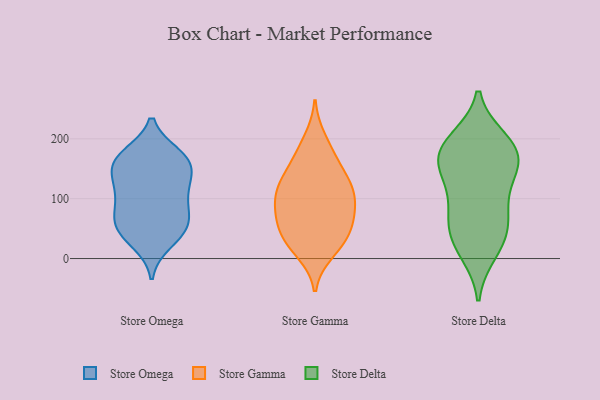
{"axis": {"x": "Customer Acquisition Cost (USD)", "y": "Value"}, "legend": ["Store Delta", "Store Gamma", "Store Omega"], "data": [{"x": "", "y": 66, "type": "Store Omega"}, {"x": "", "y": 27, "type": "Store Omega"}, {"x": "", "y": 123, "type": "Store Omega"}, {"x": "", "y": 172, "type": "Store Omega"}, {"x": "", "y": 126, "type": "Store Omega"}, {"x": "", "y": 48, "type": "Store Omega"}, {"x": "", "y": 155, "type": "Store Omega"}, {"x": "", "y": 64, "type": "Store Omega"}, {"x": "", "y": 54, "type": "Store Omega"}, {"x": "", "y": 160, "type": "Store Omega"}, {"x": "", "y": 107, "type": "Store Omega"}, {"x": "", "y": 82, "type": "Store Omega"}, {"x": "", "y": 173, "type": "Store Omega"}, {"x": "", "y": 168, "type": "Store Omega"}, {"x": "", "y": 102, "type": "Store Omega"}, {"x": "", "y": 148, "type": "Store Omega"}, {"x": "", "y": 39, "type": "Store Omega"}, {"x": "", "y": 127, "type": "Store Gamma"}, {"x": "", "y": 143, "type": "Store Gamma"}, {"x": "", "y": 200, "type": "Store Gamma"}, {"x": "", "y": 40, "type": "Store Gamma"}, {"x": "", "y": 36, "type": "Store Gamma"}, {"x": "", "y": 64, "type": "Store Gamma"}, {"x": "", "y": 101, "type": "Store Gamma"}, {"x": "", "y": 98, "type": "Store Gamma"}, {"x": "", "y": 75, "type": "Store Gamma"}, {"x": "", "y": 115, "type": "Store Gamma"}, {"x": "", "y": 164, "type": "Store Gamma"}, {"x": "", "y": 17, "type": "Store Gamma"}, {"x": "", "y": 178, "type": "Store Gamma"}, {"x": "", "y": 111, "type": "Store Gamma"}, {"x": "", "y": 129, "type": "Store Gamma"}, {"x": "", "y": 10, "type": "Store Gamma"}, {"x": "", "y": 63, "type": "Store Gamma"}, {"x": "", "y": 78, "type": "Store Gamma"}, {"x": "", "y": 35, "type": "Store Gamma"}, {"x": "", "y": 169, "type": "Store Delta"}, {"x": "", "y": 24, "type": "Store Delta"}, {"x": "", "y": 189, "type": "Store Delta"}, {"x": "", "y": 76, "type": "Store Delta"}, {"x": "", "y": 191, "type": "Store Delta"}, {"x": "", "y": 58, "type": "Store Delta"}, {"x": "", "y": 148, "type": "Store Delta"}, {"x": "", "y": 109, "type": "Store Delta"}, {"x": "", "y": 177, "type": "Store Delta"}, {"x": "", "y": 11, "type": "Store Delta"}, {"x": "", "y": 35, "type": "Store Delta"}, {"x": "", "y": 143, "type": "Store Delta"}, {"x": "", "y": 72, "type": "Store Delta"}, {"x": "", "y": 198, "type": "Store Delta"}, {"x": "", "y": 154, "type": "Store Delta"}]}